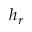
h _ { r }